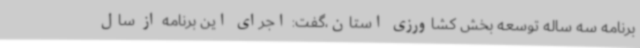
برنامه سه ساله توسعه بخش کشاورزی استان،گفت: اجرای این برنامه از سال